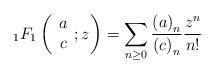
LaTeX: \begin{align*}_{1}F_{1}\left(\begin{array}{c}a\\c\end{array};z\right) = \sum_{n\ge0} \frac{\left(a\right)_{n}}{\left(c\right)_{n}} \frac{z^n}{n!}\end{align*}